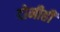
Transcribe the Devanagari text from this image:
दोनीही